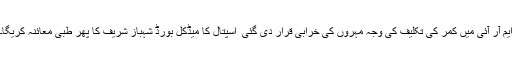
ایم آر آئی میں کمر کی تکلیف کی وجہ مہروں کی خرابی قرار دی گئی ٗ اسپتال کا میڈکل بورڈ شہباز شریف کا پھر طبی معائنہ کریگا۔